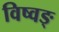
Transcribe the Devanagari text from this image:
विष्वङ्